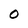
Character: 0